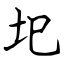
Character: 圯